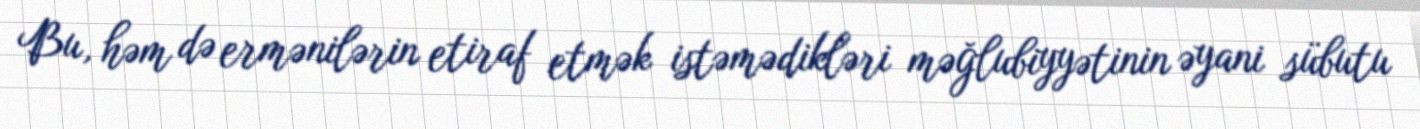
Bu, həm də ermənilərin etiraf etmək istəmədikləri məğlubiyyətinin əyani sübutu